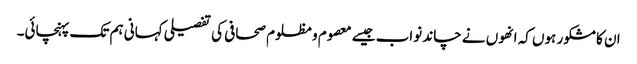
ان کا مشکور ہوں کہ انھوں نے چاند نواب جیسے معصوم و مظلوم صحافی کی تفصیلی کہانی ہم تک پہنچائی۔